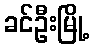
ခင်ဦးမြို့